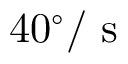
4 0 ^ { \circ } / \mathrm { ~ s ~ }